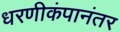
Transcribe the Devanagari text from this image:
धरणीकंपानंतर